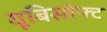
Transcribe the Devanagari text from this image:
यूबिसोफ्ट